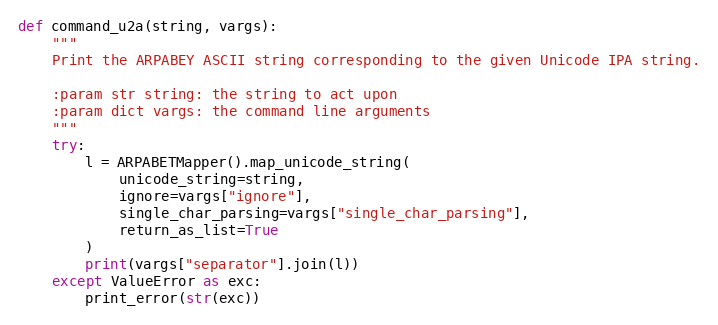
Language: Python
def command_u2a(string, vargs):
    """
    Print the ARPABEY ASCII string corresponding to the given Unicode IPA string.

    :param str string: the string to act upon
    :param dict vargs: the command line arguments
    """
    try:
        l = ARPABETMapper().map_unicode_string(
            unicode_string=string,
            ignore=vargs["ignore"],
            single_char_parsing=vargs["single_char_parsing"],
            return_as_list=True
        )
        print(vargs["separator"].join(l))
    except ValueError as exc:
        print_error(str(exc))